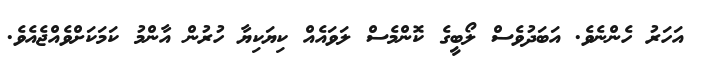
އަހަރު ހެންނެވެ. އަބަދުވެސް ލޯބީގެ ކޮންމެސް ލަވައެއް ކިޔަކިޔާ ހުރުން އާންމު ކަމަކަށްވެއްޖެއެވެ.